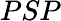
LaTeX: PSP